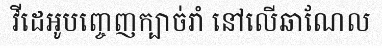
វីដេអូបញ្ចេញក្បាច់រាំ នៅលើឆាណែល